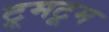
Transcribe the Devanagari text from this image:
टूमटूम